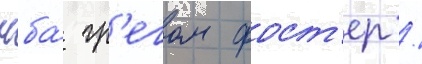
нба́ гр'егом фост'ер /